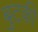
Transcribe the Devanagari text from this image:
बुटकी